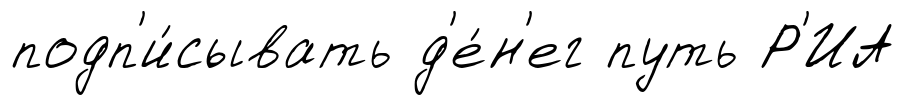
подп'и́сывать д'е́н'ег путь Р'ИА